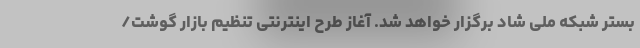
بستر شبکه ملی شاد برگزار خواهد شد. آغاز طرح اینترنتی تنظیم بازار گوشت/